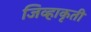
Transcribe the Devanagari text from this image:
जिव्हाकृती